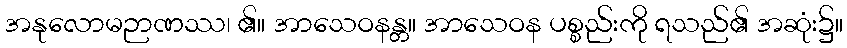
အနုလောမဉာဏဿ၊ ၏။ အာသေဝနန္တ။ အာသေဝန ပစ္စည်းကို ရသည်၏ အဆုံး၌။